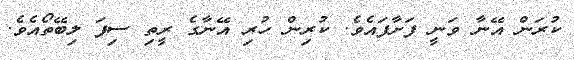
ކުރަން އޭނާ ވަނީ ފަށާފައެވެ. ކުރިން ހުރި އޭނާގެ ރީތި ސިފަ ލިބޭތޯއެވެ.